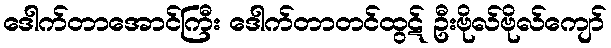
ဒေါက်တာအောင်ကြီး ဒေါက်တာတင်ထွဋ် ဦးဗိုလ်ဗိုလ်ကျော်